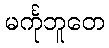
မင်္ကုဘူတေ